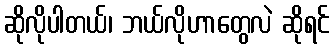
ဆိုလိုပါတယ်၊ ဘယ်လိုဟာတွေလဲ ဆိုရင်